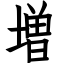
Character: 増